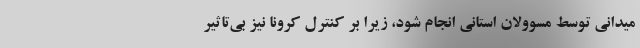
میدانی توسط مسوولان استانی انجام شود، زیرا بر کنترل کرونا نیز بی‌تاثیر